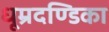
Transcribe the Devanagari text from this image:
धूम्रदण्डिका